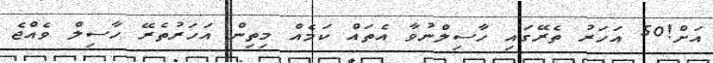
އަށް!50 އަހަރު ތެރޭގައި ހާސިލްނުވާ އެތައް ކަމެއް މިތިން އަހަރުތެރޭ ހާސިލް ވެއްޖެ